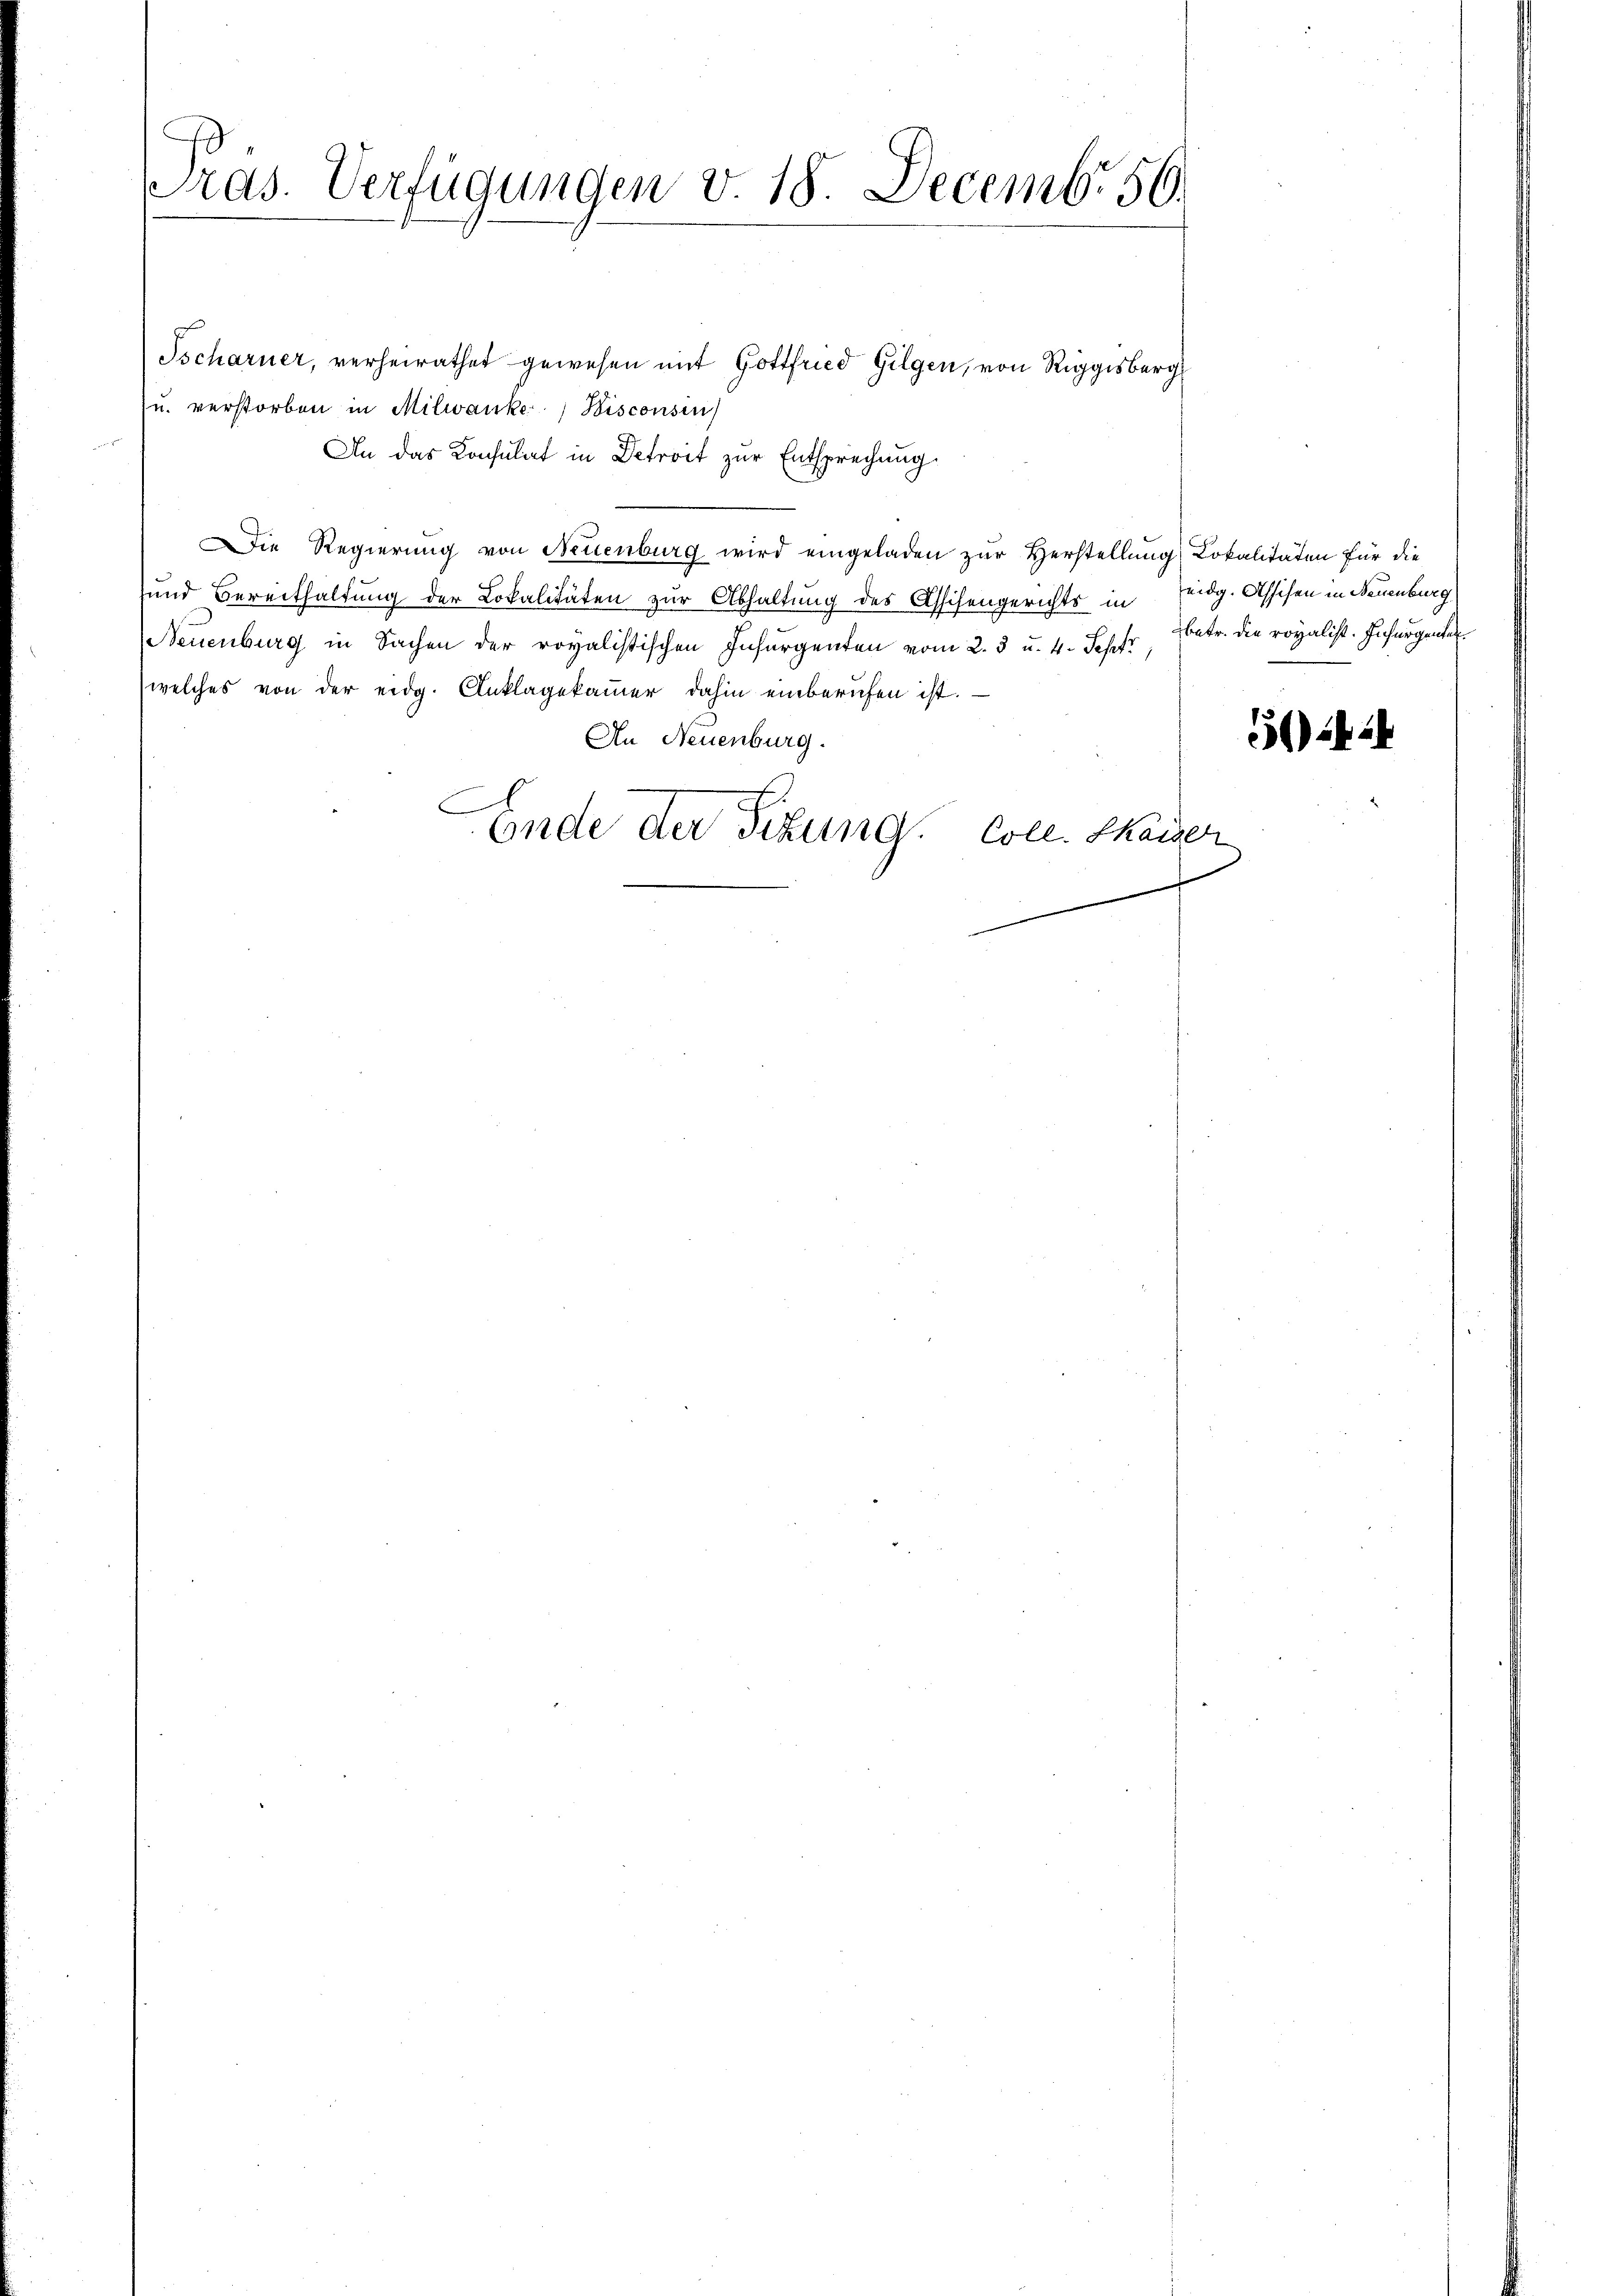
ras. Verfügungen v. 18. Decemb. 56.

Tscharner, verheirathet gewesen mit Gottfried Gilgen, von Riggisberg
u. verstorben in Milwanke Bisconsin
n
An das Konsulat in Detroit zur Entsprechung.
Die Regierung von Neuenburg wird eingeladen zur Herstellung Lokalitäten für die
und Bereithaltung der Lokalitäten zur Abhaltung des Assisengerichts in
Neuenburg in Sachen der royalistischen Insurgenten vom 2. 5 u. 4. Sept., betr. die royalist. Insurgente
welches von der eidg. Anklagekammer dahin einberufen ist.
An Neuenburg.
Ende der Titung. Coll. Kaiser

eidg. Assesen in Neuenburg